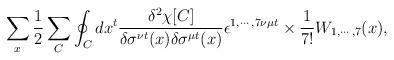
LaTeX: \begin{align*}\sum_{x} \frac{1}{2} \sum_{C} \oint_{C} dx^{t} \frac{\delta^2 \chi [C]}{\delta\sigma^{\nu t}(x)\delta\sigma^{\mu t}(x)} \epsilon^{1, \cdots, 7\nu\mu t} \times \frac{1}{7!} W_{1, \cdots, 7}(x),\end{align*}